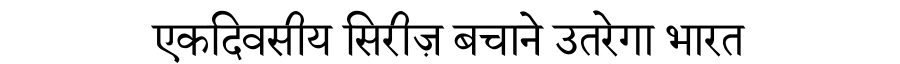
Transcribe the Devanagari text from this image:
एकदिवसीय सिरीज़ बचाने उतरेगा भारत